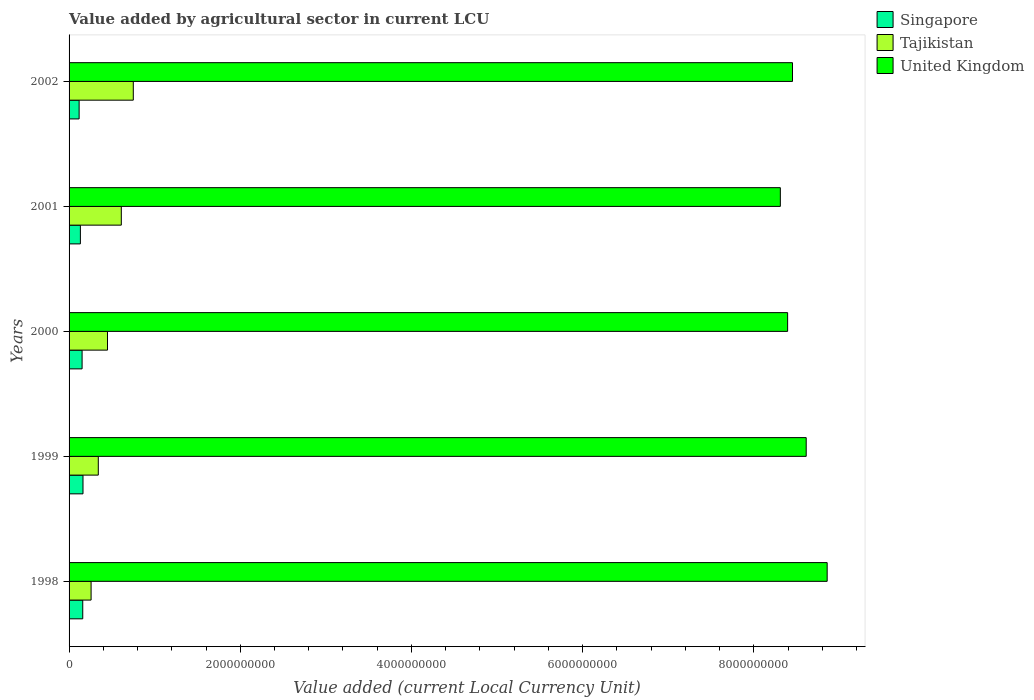
| Years | Singapore | Tajikistan | United Kingdom |
 | --- | --- | --- | --- |
 | 1998 | 1.6e+08 | 2.57e+08 | 8.86e+09 |
 | 1999 | 1.63e+08 | 3.41e+08 | 8.61e+09 |
 | 2000 | 1.52e+08 | 4.49e+08 | 8.4e+09 |
 | 2001 | 1.32e+08 | 6.1e+08 | 8.31e+09 |
 | 2002 | 1.17e+08 | 7.5e+08 | 8.45e+09 |